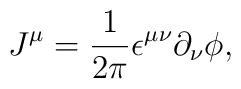
J^\mu =\frac{1}{2\pi} \epsilon^{\mu\nu} \partial_\nu \phi,